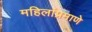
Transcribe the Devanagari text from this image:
महिलांप्रमाणे